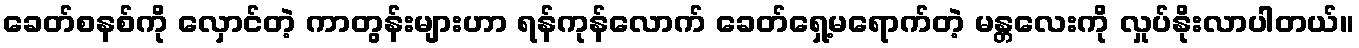
ခေတ်စနစ်ကို လှောင်တဲ့ ကာတွန်းများဟာ ရန်ကုန်လောက် ခေတ်ရှေ့မရောက်တဲ့ မန္တလေးကို လှုပ်နိုးလာပါတယ်။